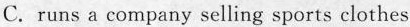
C.runs a company selling sports clothes